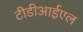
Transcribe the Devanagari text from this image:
टीडीआईएल